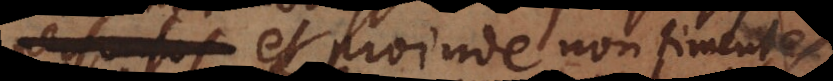
persuasos et proinde non timentes